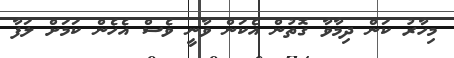
މިހާރު ކަން ދިމާވާ ގޮތުން އެކަން ވާނީ ވެސް އެހެން ކަމަށް ލަފާ